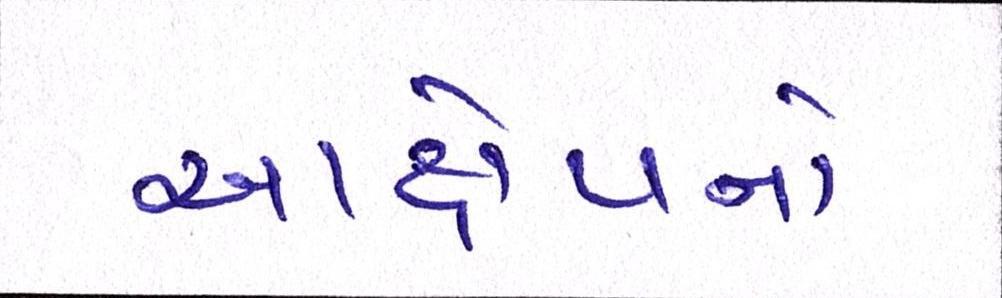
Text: આક્ષેપનો